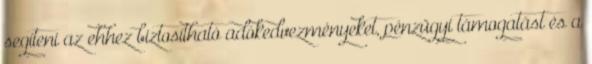
segíteni az ehhez biztosítható adókedvezményeket, pénzügyi támogatást és a